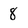
Character: 8